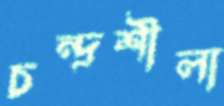
চন্দ্রশীলা